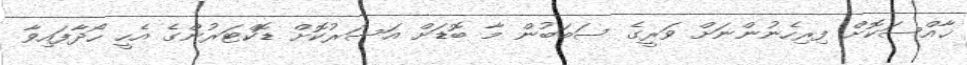
ޚާއްސަކޮށް ފިރިހެނުންނަށް ވަރީގެ ސަބަބުން މާ ބޮޑަށް އަސަރުކޮށް ޑޮކްޓަރުންގެ އެހީ ހޯދާފައިވާ